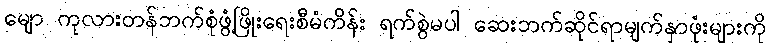
မျော ကုလားတန်ဘက်စုံဖွံ့ဖြိုးရေးစီမံကိန်း ရက်စွဲမပါ ဆေးဘက်ဆိုင်ရာမျက်နှာဖုံးများကို